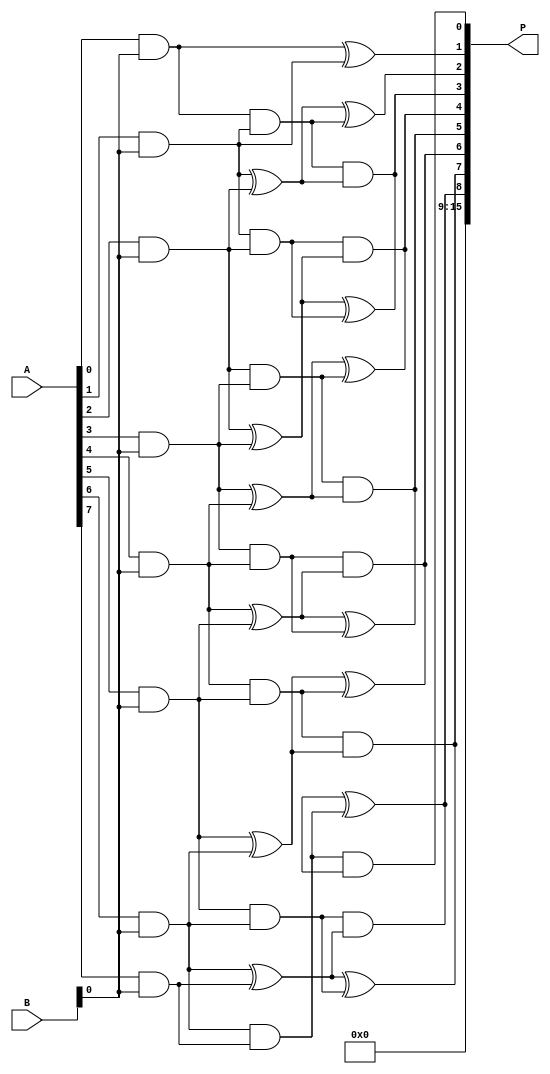
module wallace_tree_multiplier #(parameter N = 8) (
    input  wire [N-1:0] A,
    input  wire [N-1:0] B,
    output wire [2*N-1:0] P
);
    // Partial Product Generation
    wire [N-1:0] pp [0:N-1]; // Partial products
    genvar i, j;
    
    generate
        for (i = 0; i < N; i = i + 1) begin : pp_gen
            for (j = 0; j < N; j = j + 1) begin : pp_bit
                assign pp[i][j] = A[i] & B[j];
            end
        end
    endgenerate

    // Wallace Tree Reduction
    wire [N+1:0] sum [0:N-1]; // Sums of partial products
    wire [N-1:0] carry [0:N-1]; // Carry bits
    wire [N-1:0] final_sum; // Final sum after reduction

    // Stage 1: Grouping and Adding
    generate
        for (i = 0; i < N; i = i + 1) begin : reduction_stage
            if (i < N-1) begin
                // Half adder for first pair
                assign sum[i][0] = pp[i][0] ^ pp[i+1][0];
                assign carry[i][0] = pp[i][0] & pp[i+1][0];

                // Full adders for subsequent bits
                genvar k;
                for (k = 1; k < N; k = k + 1) begin : full_adder
                    wire a, b, c;
                    assign a = pp[i][k];
                    assign b = pp[i+1][k];
                    assign c = (k < N-1) ? pp[i+2][k] : 1'b0; // Handle boundary
                    assign sum[i][k] = a ^ b ^ c;
                    assign carry[i][k] = (a & b) | (b & c) | (a & c);
                end
            end
        end
    endgenerate

    // Stage 2: Final Carry Propagation
    wire [N+1:0] final_sum_full;
    assign final_sum_full[0] = sum[0][0];
    generate
        for (i = 1; i < N; i = i + 1) begin : carry_propagation
            assign final_sum_full[i] = sum[i][0] ^ carry[i-1][0];
            assign final_sum_full[i+1] = carry[i-1][0] & sum[i][0];
        end
    endgenerate

    // Final Product Output
    assign P = {final_sum_full[N-1:0], final_sum_full[N]};

endmodule